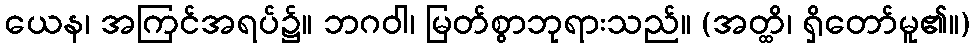
ယေန၊ အကြင်အရပ်၌။ ဘဂဝါ၊ မြတ်စွာဘုရားသည်။ (အတ္ထိ၊ ရှိတော်မူ၏။)